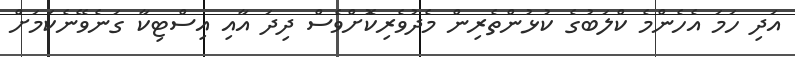
އަދި ހަމަ އެެހެންމެ ކްލަބުގެ ކުޅުންތެރިން މެދުވެރިކޮަށްވެސް ދިދަ އާއި އިސްޓިކާ ގަނެވޭނެކަމަށް